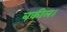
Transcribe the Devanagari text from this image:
बकील।